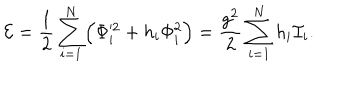
{ \cal E } = { \frac { 1 } { 2 } } \sum _ { i = 1 } ^ { N } \Bigl ( \Phi _ { i } ^ { 2 } + h _ { i } \Phi _ { i } ^ { 2 } \Bigr ) = { \frac { g ^ { 2 } } { 2 } } \sum _ { i = 1 } ^ { N } h _ { i } { \cal I } _ { i } .